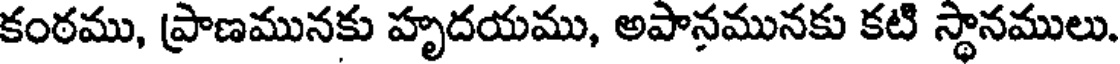
కంఠము, ప్రాణమునకు హృదయము, అపానమునకు కటి స్థానములు.